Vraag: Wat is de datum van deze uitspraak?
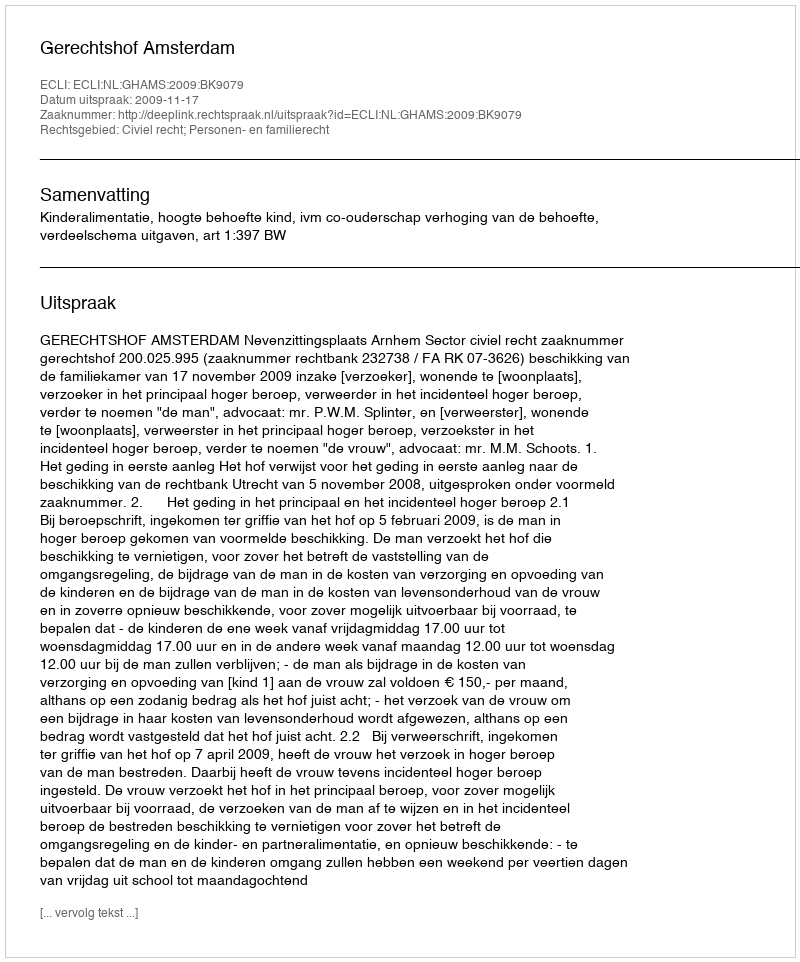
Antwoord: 2009-11-17